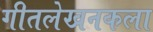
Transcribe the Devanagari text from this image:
गीतलेखनकला